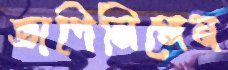
ভাগিনিঙ্গেন